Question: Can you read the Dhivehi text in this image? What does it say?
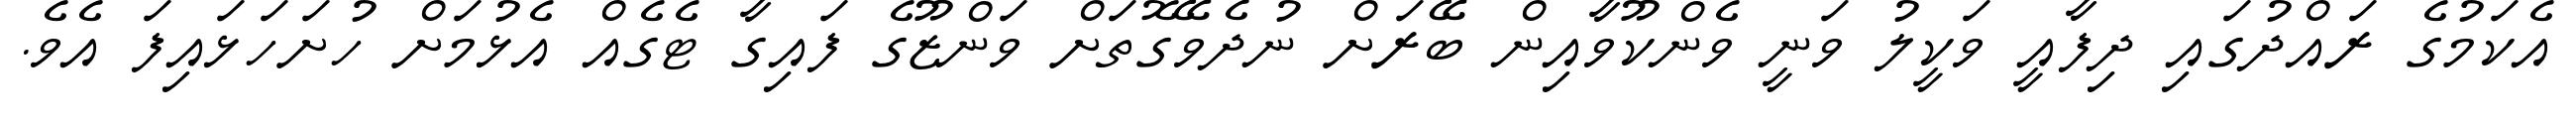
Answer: އެކަމުގެ ރައްދުގައި ދިފާއީ ވަކީލު ވަނީ ވެންކޫވާއިން ބޭރަށް ނުދެވޭގޮތަށް ވަންޒޫގެ ފައިގާ ޓެގެއް އެޅުމަށް ހުށަހަޅައިފަ އެވެ.